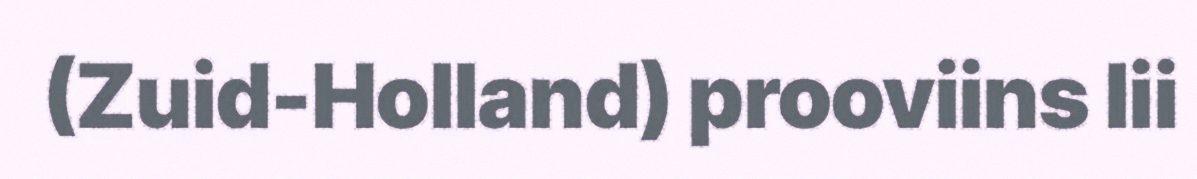
(Zuid-Holland) prooviins lii